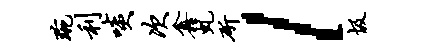
琬利啖次鑫虬斫l圾